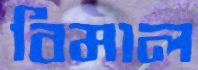
বিমাল